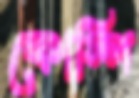
কোস্পি